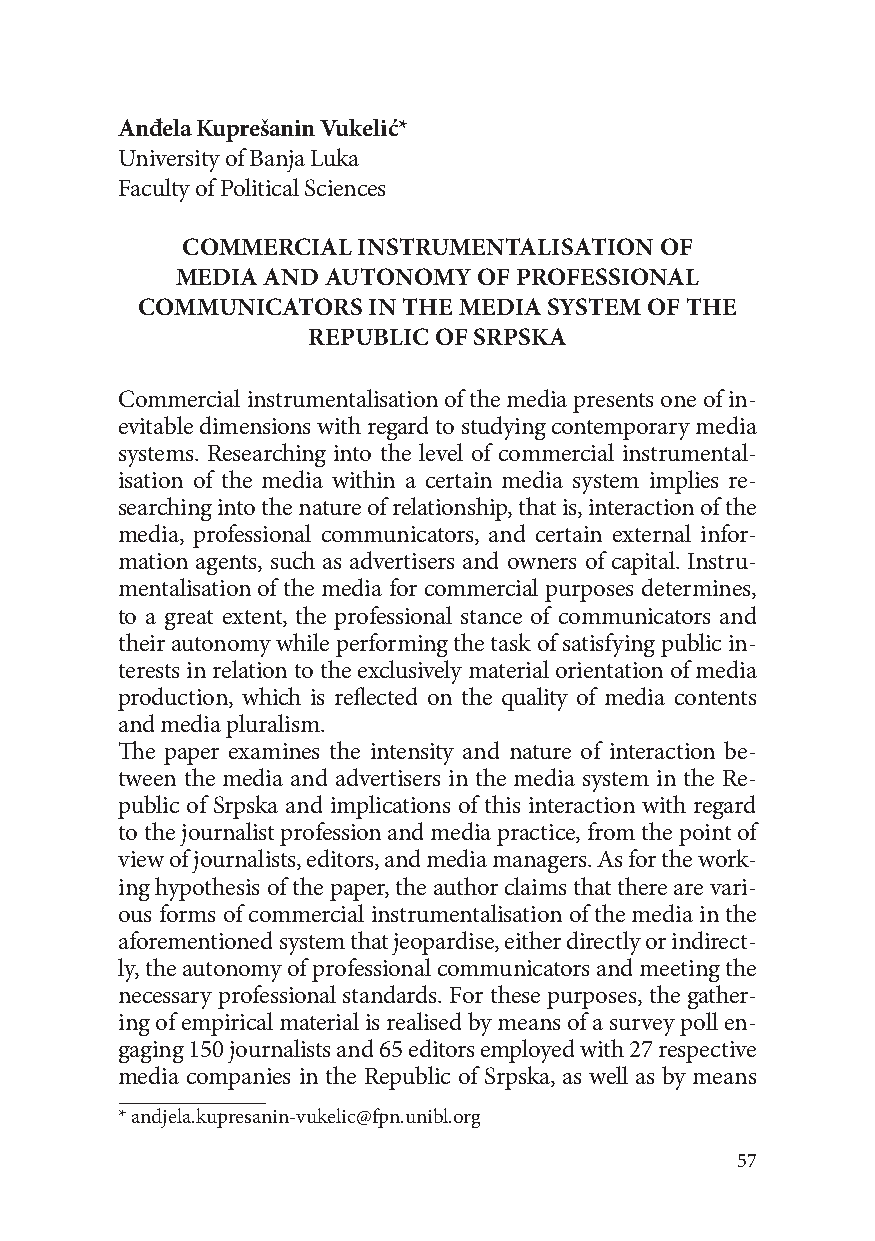
Anđela Kuprešanin Vukelić*
 University of Banja Luka
 Faculty of Political Sciences
 COMMERCIAL  INSTRUMENTALISATION OF
 MEDIA AND AUTONOMY  OF PROFESSIONAL
 COMMUNICATORS  IN THE MEDIA SYSTEM OF THE
 REPUBLIC OF SRPSKA
 Commercial instrumentalisation of the media presents one of in-
 evitable dimensions with regard to studying contemporary media
 systems. Researching into the level of commercial instrumental-
 isation of the media within a certain media system implies re-
 searching into the nature of relationship, that is, interaction of the
 media, professional communicators, and certain external infor-
 mation agents, such as advertisers and owners of capital. Instru-
 mentalisation of the media for commercial purposes determines,
 to a great extent, the professional stance of communicators and
 their autonomy while performing the task of satisfying public in-
 terests in relation to the exclusively material orientation of media
 production, which is reflected on the quality of media contents
 and media pluralism.
 The paper examines the intensity and nature of interaction be-
 tween the media and advertisers in the media system in the Re-
 public of Srpska and implications of this interaction with regard
 to the journalist profession and media practice, from the point of
 view of journalists, editors, and media managers. As for the work-
 ing hypothesis of the paper, the author claims that there are vari-
 ous forms of commercial instrumentalisation of the media in the
 aforementioned system that jeopardise, either directly or indirect-
 ly, the autonomy of professional communicators and meeting the
 necessary professional standards. For these purposes, the gather-
 ing of empirical material is realised by means of a survey poll en-
 gaging 150 journalists and 65 editors employed with 27 respective
 media companies in the Republic of Srpska, as well as by means
 * andjela.kupresanin-vukelic@fpn.unibl.org
 57